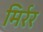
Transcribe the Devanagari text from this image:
मिर्रर